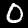
Digit: 0